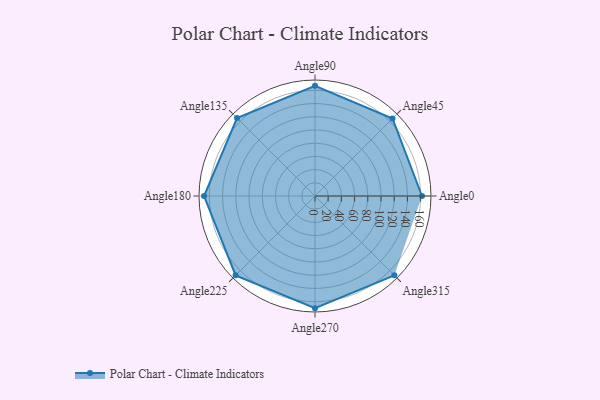
{"axis": {"x": "Angle", "y": "Radius"}, "legend": [""], "data": [{"x": "Angle0", "y": 162.0, "type": ""}, {"x": "Angle45", "y": 166.0, "type": ""}, {"x": "Angle90", "y": 167.0, "type": ""}, {"x": "Angle135", "y": 167.0, "type": ""}, {"x": "Angle180", "y": 168.0, "type": ""}, {"x": "Angle225", "y": 170, "type": ""}, {"x": "Angle270", "y": 170, "type": ""}, {"x": "Angle315", "y": 170, "type": ""}]}